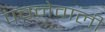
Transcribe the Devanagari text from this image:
पचनेवाली